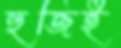
হুজিই